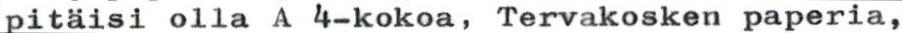
pitäisi olla A 4-kokoa, Tervakosken paperia,